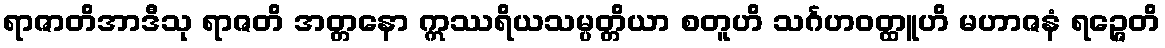
ရာဇာတိအာဒီသု ရာဇတိ အတ္တနော ဣဿရိယသမ္ပတ္တိယာ စတူဟိ သင်္ဂဟဝတ္ထူဟိ မဟာဇနံ ရဉ္ဇေတိ